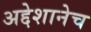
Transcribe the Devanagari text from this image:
अद्देशानेच